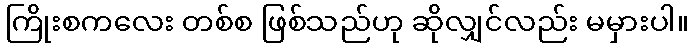
ကြိုးစကလေး တစ်စ ဖြစ်သည်ဟု ဆိုလျှင်လည်း မမှားပါ။